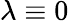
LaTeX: \lambda\equiv 0